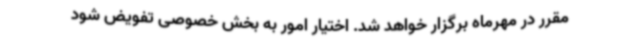
مقرر در مهرماه برگزار خواهد شد. اختیار امور به بخش خصوصی تفویض شود